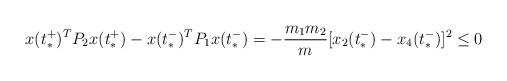
LaTeX: \begin{align*}x(t_*^+)^TP_2x(t_*^+) - x(t_*^-)^TP_1x(t_*^-) =-\frac{m_1m_2}{m}[x_2(t_*^-)-x_4(t_*^-)]^2 \le 0\end{align*}